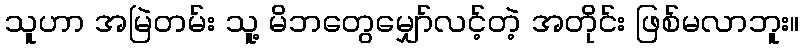
သူဟာ အမြဲတမ်း သူ့ မိဘတွေမျှော်လင့်တဲ့ အတိုင်း ဖြစ်မလာဘူး။